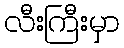
လီးကြီးမှာ